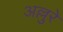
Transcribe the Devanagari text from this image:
अल्लुरे